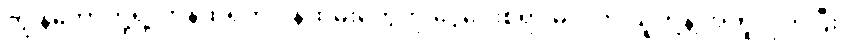
ကျွန်တော်တို့ရဲ့ ကန်ထရိုက် ဝန်ထမ်းတွေကို ငွေပေးစရာ မလိုဘဲ သူတို့နဲ့ အတူလိုက်ပြီး